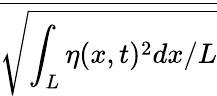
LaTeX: \overline{{\sqrt{\int_{L}\eta(x,t)^{2}dx/L}}}